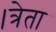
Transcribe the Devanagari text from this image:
।त्रेता